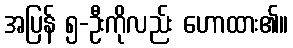
အပြန် ၅-ဦးကိုလည်း ဟောထား၏။